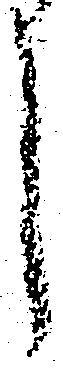
し